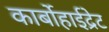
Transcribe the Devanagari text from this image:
कार्बोहाईद्रेट